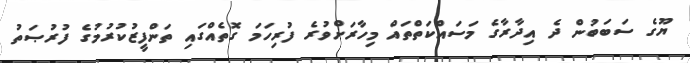
ޔޫގެ ސަބަބުން ދެ އިދާރާގެ މަސައްކަތްތައް މިހާރަށްވުރެ ފުރިހަމަ ގޮތެއްގައި ތަންފީޒުކުރުމުގެ ފުރުޞަތު